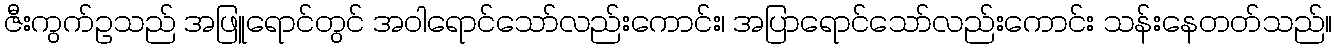
ဇီးကွက်ဥသည် အဖြူရောင်တွင် အဝါရောင်သော်လည်းကောင်း၊ အပြာရောင်သော်လည်းကောင်း သန်းနေတတ်သည်။